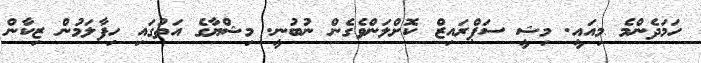
ހަމަދެންމެ މިއައީ. މިޝީ ސަޕްރައިޒް ކޮށްލަންވެގެން ނުބުނީ. މިޝްޔާގެ އަތުގައި ހިފާލަމުން ޒިކާން